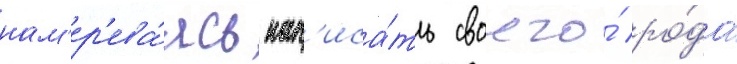
нам'ер'ева́ясь нап'иса́ть своего́ ро́да